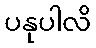
ပနုပါလိ